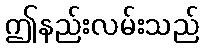
ဤနည်းလမ်းသည်